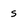
Character: s